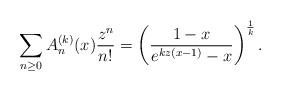
LaTeX: \begin{align*}\sum_{n\geq 0}A_n^{(k)}(x)\frac{z^n}{n!}=\left(\frac{1-x}{e^{kz(x-1)}-x} \right)^{\frac{1}{k}}.\end{align*}